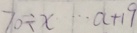
7 0 \div x \cdots a + 1 9